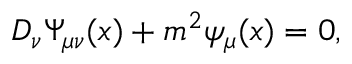
D _ { \nu } \Psi _ { \mu \nu } ( x ) + m ^ { 2 } \psi _ { \mu } ( x ) = 0 ,